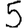
Digit: 5